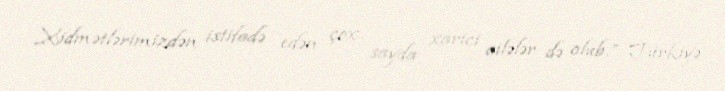
Xidmətlərimizdən istifadə edən çox sayda xarici ailələr də olub.” Türkiyə